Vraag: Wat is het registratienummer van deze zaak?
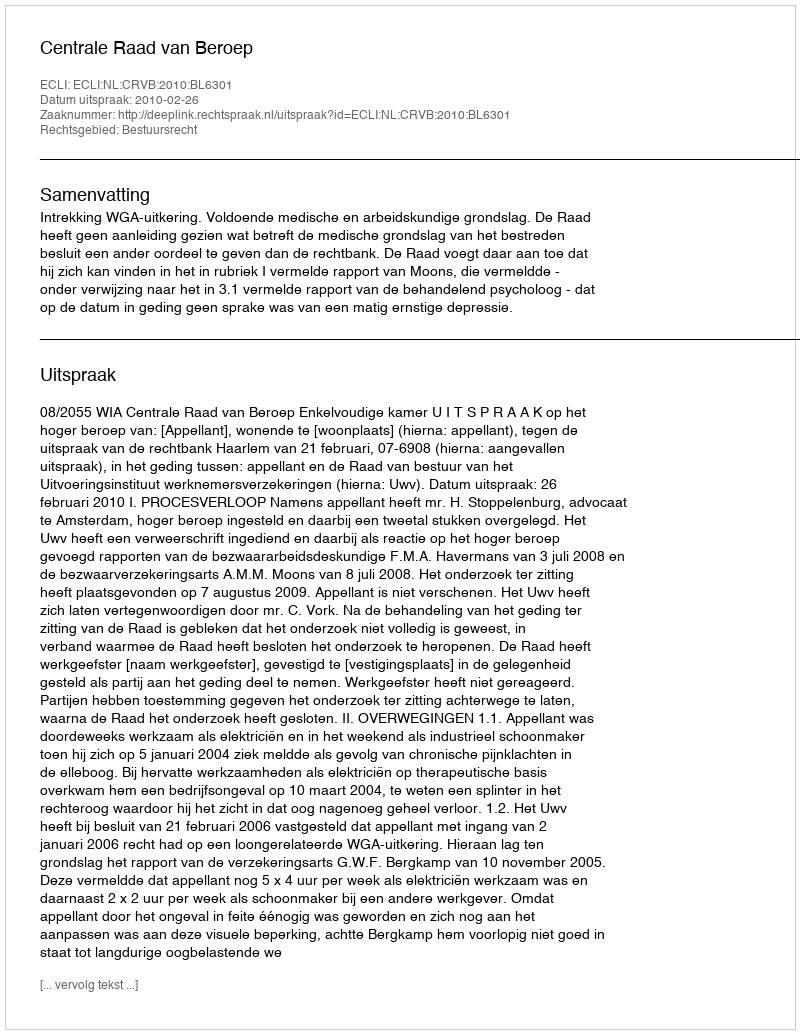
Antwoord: http://deeplink.rechtspraak.nl/uitspraak?id=ECLI:NL:CRVB:2010:BL6301